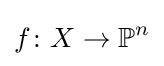
f\colon X\to \mathbb {P} ^{n}